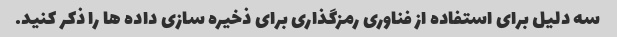
سه دلیل برای استفاده از فناوری رمزگذاری برای ذخیره سازی داده ها را ذکر کنید.